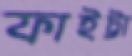
ফাইট্টা